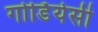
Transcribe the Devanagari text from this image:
गोर्डियेसी